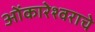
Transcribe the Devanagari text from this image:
ओंकारेश्वराचे